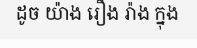
ដូច យ៉ាង រឿង រ៉ាង ក្នុង